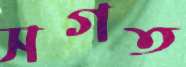
সগত